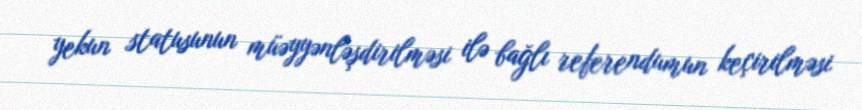
yekun statusunun müəyyənləşdirilməsi ilə bağlı referendumun keçirilməsi